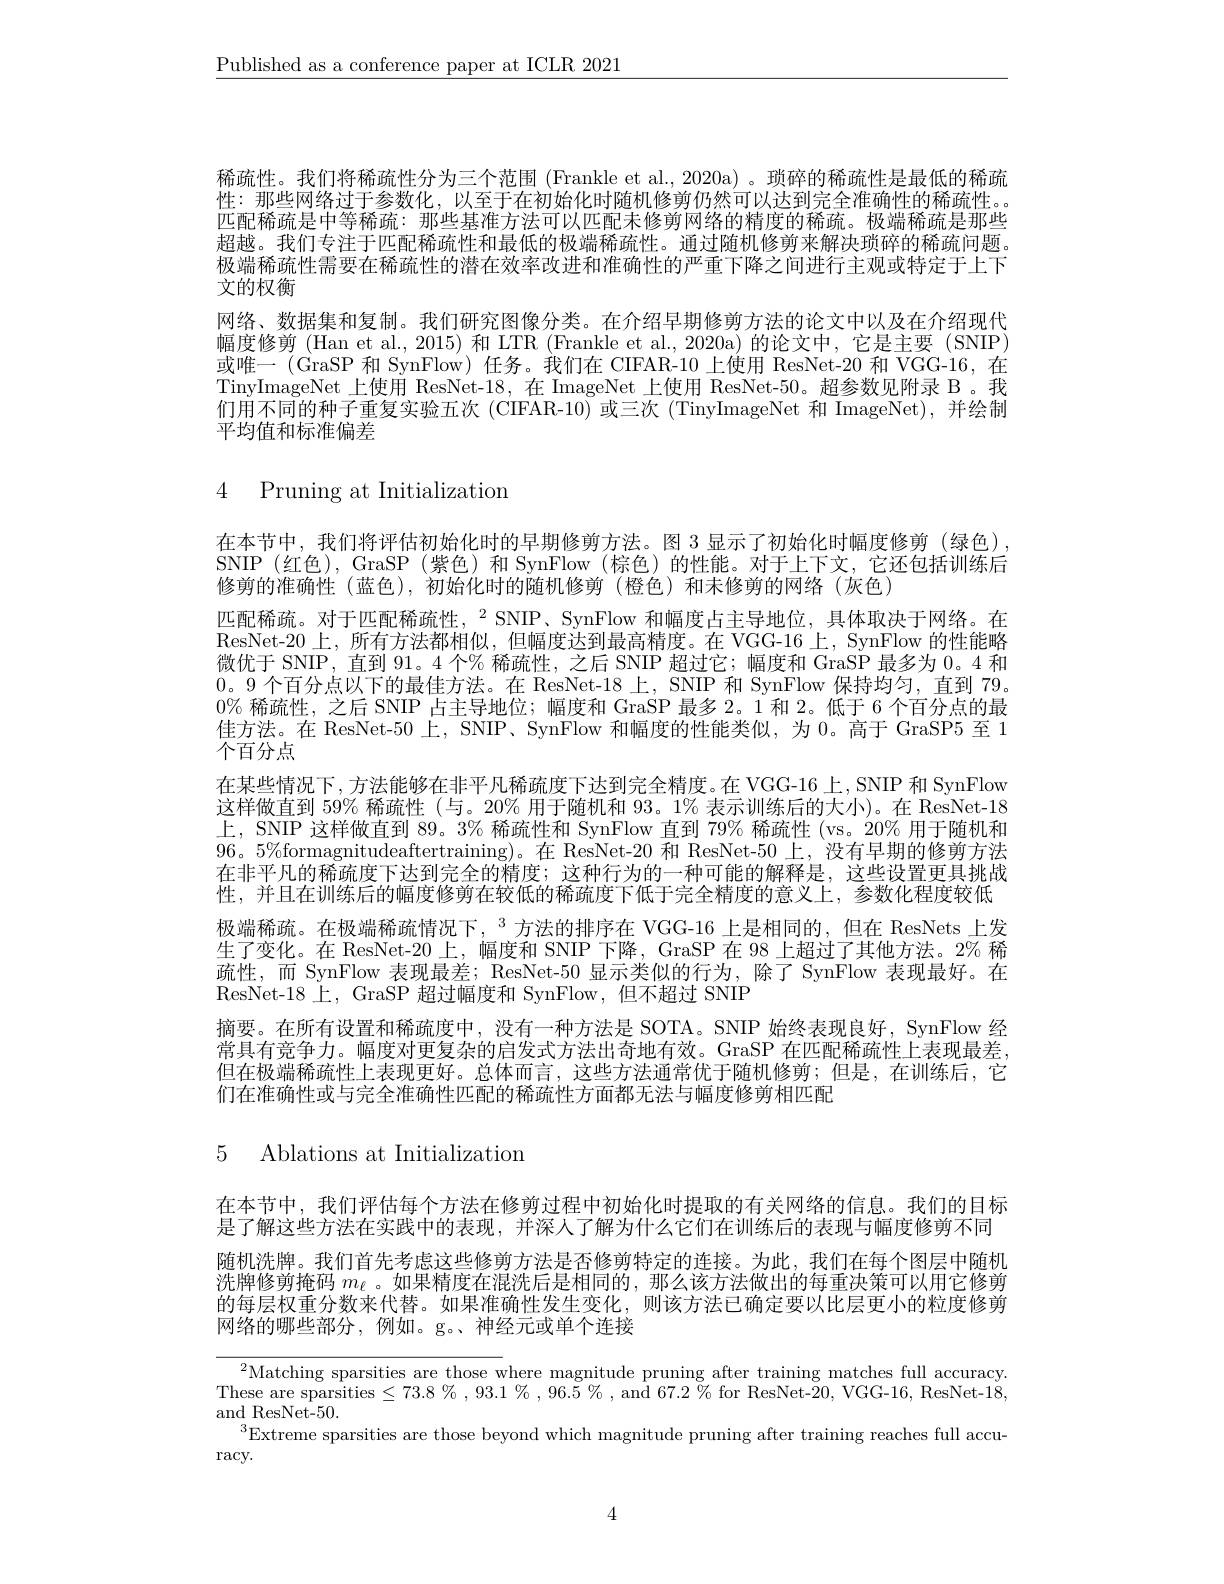
$\underline{\text{Published as a conference paper at ICLR 2021}}$

稀疏性。我们将稀疏性分为三个范围 (Frankle et al.,2020a) 。琐碎的稀疏性是最低的稀疏性：那些网络过于参数化，以至于在初始化时随机修剪仍然可以达到完全准确性的稀疏性。匹配稀疏是中等稀疏：那些基准方法可以匹配未修剪网络的精度的稀疏。极端稀疏是那些超越。我们专注于匹配稀疏性和最低的极端稀疏性。通过随机修剪来解决琐碎的稀疏问题。极端稀疏性需要在稀疏性的潜在效率改进和准确性的严重下降之间进行主观或特定于上下文的权衡
网络、数据集和复制。我们研究图像分类。在介绍早期修剪方法的论文中以及在介绍现代幅度修剪 (Han et al., 2015) 和 LTR (Frankle et al., 2020a) 的论文中，它是主要 (SNIP) 或唯一(GraSP 和 SynFlow) 任务。我们在 CIFAR-10 上使用 ResNet-20 和 VGG-16,在TinyImageNet 上使用 ResNet-18,在 ImageNet 上使用 ResNet-50。超参数见附录 B 。我们用不同的种子重复实验五次 (CIFAR-10)或三次 (TinyImageNet 和 ImageNet),并绘制平均值和标准偏差

# 4 Pruning at Initialization

在本节中，我们将评估初始化时的早期修剪方法。图 3 显示了初始化时幅度修剪(绿色), SNIP(红色),GraSP(紫色)和 SynFlow(棕色)的性能。对于上下文，它还包括训练后修剪的准确性(蓝色),初始化时的随机修剪(橙色)和未修剪的网络(灰色)
匹配稀疏。对于匹配稀疏性，$^{2}$ SNIP、SynFlow 和幅度占主导地位，具体取决于网络。在ResNet-20上，所有方法都相似，但幅度达到最高精度。在 VGG-16上，SynFlow 的性能略微优于 SNIP, 直到 91。4 个% 稀疏性，之后 SNIP 超过它；幅度和 GraSP 最多为0。4 和0。9 个百分点以下的最佳方法。在 ResNet-18上，SNIP 和 SynFlow 保持均匀，直到 79。0% 稀疏性，之后 SNIP 占主导地位；幅度和 GraSP 最多 2。1 和 2。低于 6 个百分点的最佳方法。在 ResNet-50 上，SNIP、SynFlow 和幅度的性能类似，为 0。高于 GraSP5 至 1个百分点
在某些情况下，方法能够在非平凡稀疏度下达到完全精度。在 VGG-16 上，SNIP 和 SynFlow 这样做直到 59% 稀疏性 (与。20% 用于随机和 93。1% 表示训练后的大小)。在 ResNet-18上，SNIP 这样做直到 89。3% 稀疏性和 SynFlow 直到 79% 稀疏性 (vs。20% 用于随机和$96。5\%$formagnitudeaftertraining)。在 ResNet-20 和 ResNet-50 上，没有早期的修剪方法在非平凡的稀疏度下达到完全的精度；这种行为的一种可能的解释是，这些设置更具挑战性，并且在训练后的幅度修剪在较低的稀疏度下低于完全精度的意义上，参数化程度较低极端稀疏。在极端稀疏情况下，$^3$方法的排序在 VGG-16 上是相同的，但在 ResNets 上发生了变化。在 ResNet-20 上，幅度和 SNIP 下降，GraSP 在 98 上超过了其他方法。2% 稀疏性，而 SynFlow 表现最差；ResNet-50 显示类似的行为，除了 SynFlow 表现最好。在ResNet-18 上，GraSP 超过幅度和 SynFlow, 但不超过 SNIP
摘要。在所有设置和稀疏度中，没有一种方法是 SOTA。SNIP 始终表现良好，SynFlow 经常具有竞争力。幅度对更复杂的启发式方法出奇地有效。GraSP 在匹配稀疏性上表现最差， 但在极端稀疏性上表现更好。总体而言，这些方法通常优于随机修剪；但是，在训练后，它们在准确性或与完全淮确性匹配的稀疏性方面都无法与幅度修剪相匹配

5 Ablations at Initializatiom

在本节中，我们评估每个方法在修剪过程中初始化时提取的有关网络的信息。我们的目标是了解这些方法在实践中的表现，并深人了解为什么它们在训练后的表现与幅度修剪不同随机洗牌。我们首先考虑这些修剪方法是否修剪特定的连接。为此，我们在每个图层中随机洗牌修剪掩码$m_\ell$ 。如果精度在混洗后是相同的，那么该方法做出的每重决策可以用它修剪的每层权重分数来代替。如果准确性发生变化，则该方法已确定要以比层更小的粒度修剪网络的哪些部分，例如。g。、神经元或单个连接

${^2\text{Matching sparsities are those w}}$here magnitude pruning after training matches full accuracy. These are sparsities $\leq73.8\%,93.1\%,96.5\%$, and $67.2\%$ for ResNet-20, VGG-16, ResNet-18, and ResNet-50.
$^{3}$Extreme sparsities are those beyond which magnitude pruning after training reaches full accu-
$\operatorname{racy}.$

4